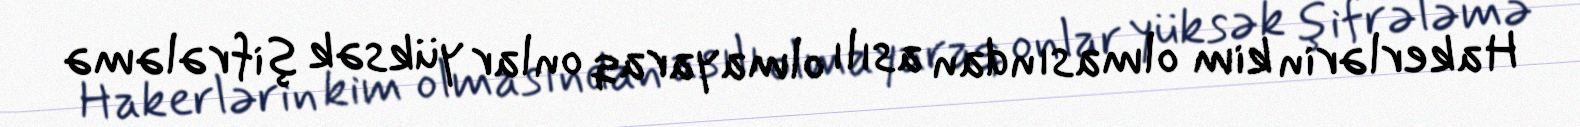
Hakerlərin kim olmasından asılı olmayaraq onlar yüksək şifrələmə